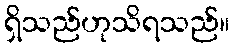
ရှိသည်ဟုသိရသည်။